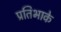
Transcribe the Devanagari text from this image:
प्रतिभाके